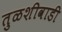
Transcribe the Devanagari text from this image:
तुळशीवाडी